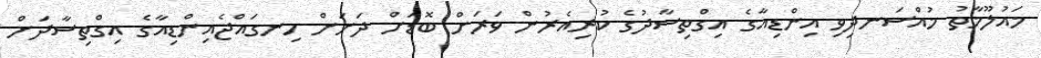
މައުލޫމާތު މުއްސަނދިވި އިންޑިއާގެ އިގްތިސާދުގެ ކުރިއެރުން ވަރަށް ބޮޑަށް ދަށަށް ހިނގައްޖެއިންޑިއާގެ އިގްތިސާދަށް